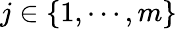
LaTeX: j\in\left\{ 1,\cdots,m\right\}